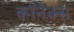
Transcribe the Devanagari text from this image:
कॉनेक्स